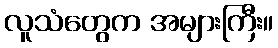
လူသံတွေက အများကြီး။